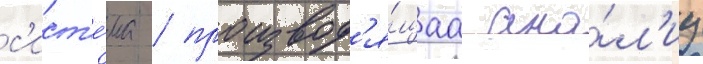
с'ист'е́ма / производ'я́щаа ана́л'из